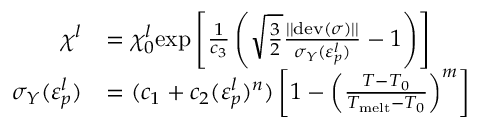
\begin{array} { r l } { \chi ^ { l } } & { = \chi _ { 0 } ^ { l } \mathrm { e x p } \left[ \frac { 1 } { c _ { 3 } } \left( \sqrt { \frac { 3 } { 2 } } \frac { | | \mathrm { d e v } ( \boldsymbol \sigma ) | | } { \sigma _ { Y } ( \varepsilon _ { p } ^ { l } ) } - 1 \right) \right] } \\ { \sigma _ { Y } ( \varepsilon _ { p } ^ { l } ) } & { = ( c _ { 1 } + c _ { 2 } ( \varepsilon _ { p } ^ { l } ) ^ { n } ) \left[ 1 - \left( \frac { T - T _ { 0 } } { T _ { \mathrm { m e l t } } - T _ { 0 } } \right) ^ { m } \right] } \end{array}